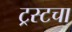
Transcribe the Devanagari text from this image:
ट्रस्टचा